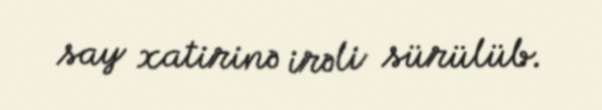
say xatirinə irəli sürülüb.